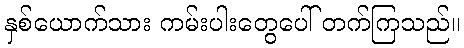
နှစ်ယောက်သား ကမ်းပါးတွေပေါ် တက်ကြသည်။